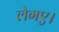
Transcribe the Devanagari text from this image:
लेगए।